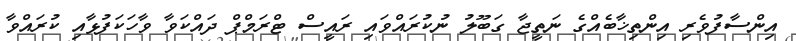
އިންސާފުވެރި އިންތިޚާބެއްގެ ނަތީޖާ ގަބޫލު ނުކުރައްވައި ރައީސް ޓްރަމްޕް ދައްކަވާ ވާހަކަފުޅާއި ކުރައްވާ